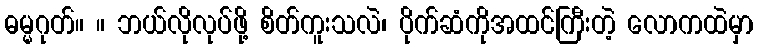
ဓမ္မဂုတ်။ ။ ဘယ်လိုလုပ်ဖို့ စိတ်ကူးသလဲ၊ ပိုက်ဆံကိုအထင်ကြီးတဲ့ လောကထဲမှာ